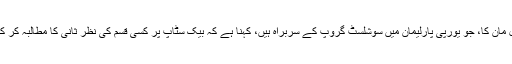
جرمنی کے سیاست دان اُڈو بل مان کا، جو یورپی پارلیمان میں سوشلسٹ گروپ کے سربراہ ہیں، کہنا ہے کہ بیک سٹاپ پر کسی قسم کی نظر ثانی کا مطالبہ کر کے وہ وقت ضائع کر رہی ہیں۔